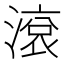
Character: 滾